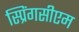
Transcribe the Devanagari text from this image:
स्प्रिंगसीएम